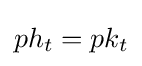
ph_{t}=pk_{t}